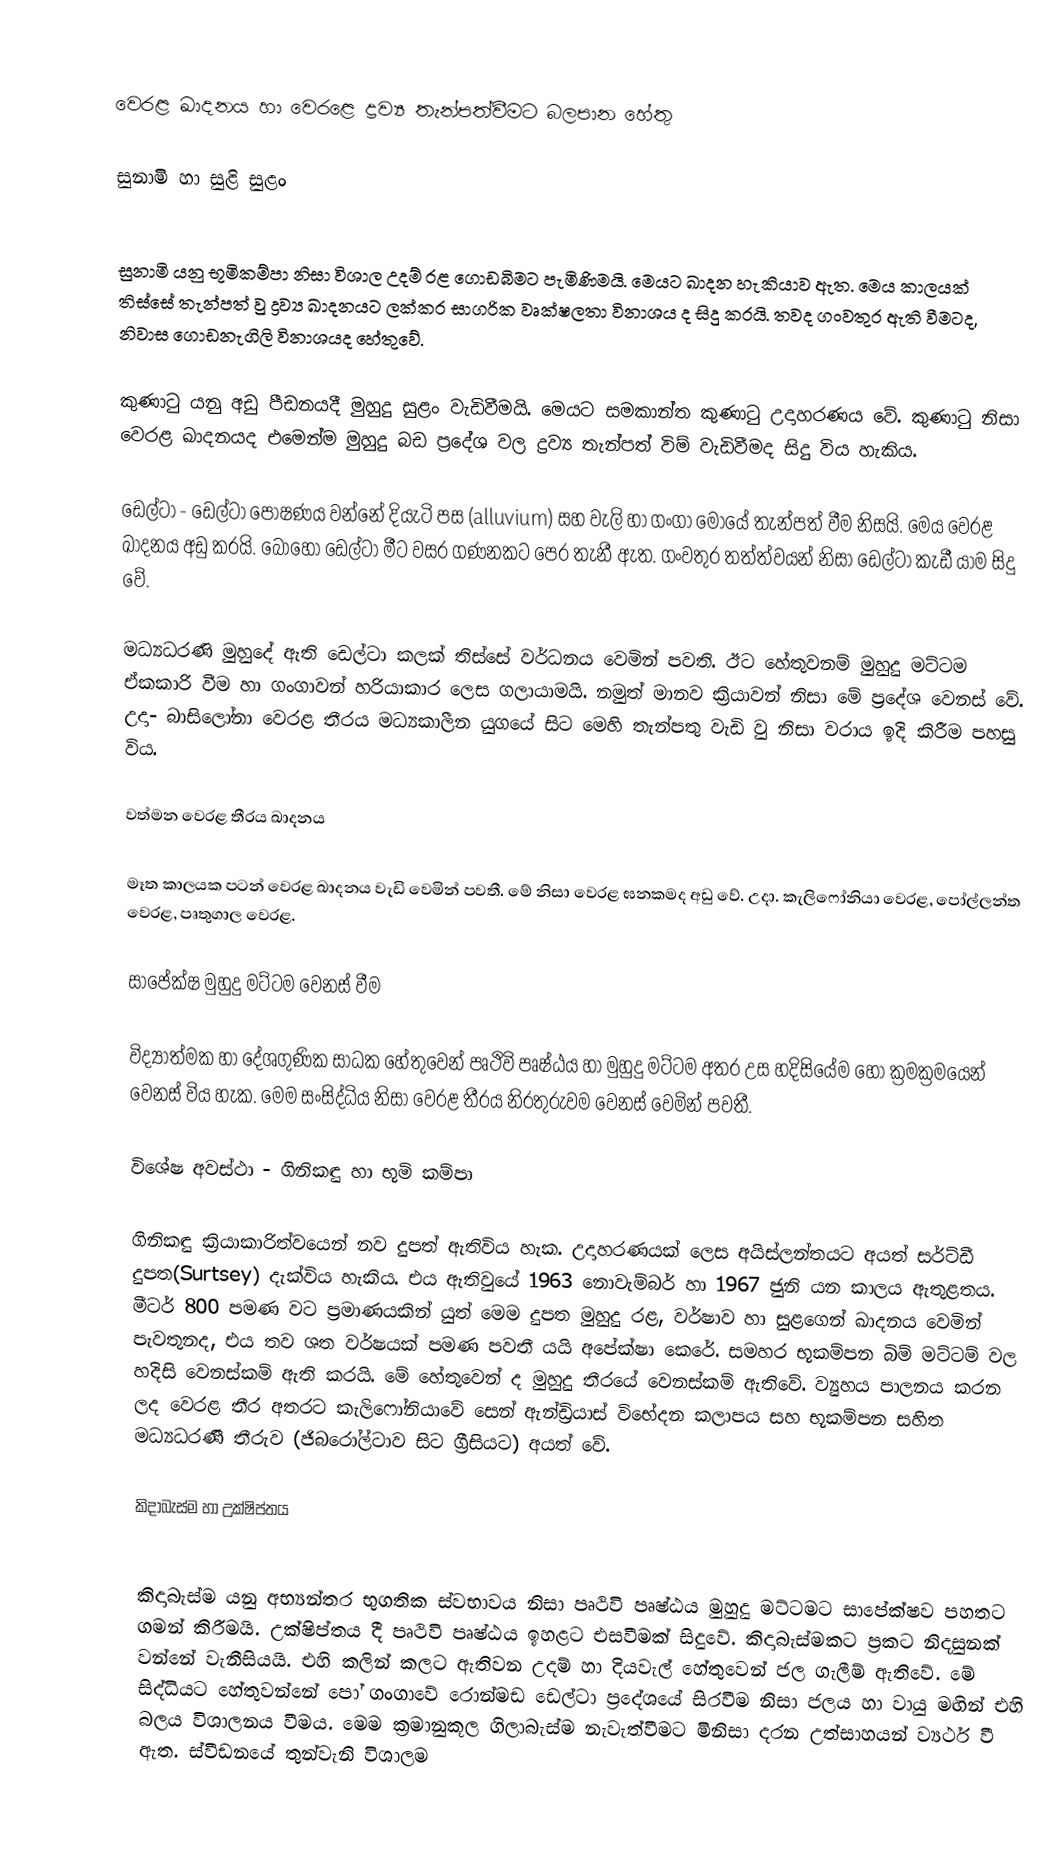

වෙරළ ඛාදනය හා වෙරළෙ ද්‍රව්‍ය තැන්පත්වීමට බලපාන හේතු

සුනාමි හා සුළි සුළං

සුනාමි යනු භූමිකම්පා නිසා විශාල උදම් රළ ගොඩබිමට පැමිණිමයි. මෙයට ඛාදන හැකියාව ඇත. මෙය කාලයක් තිස්සේ තැන්පත් වු ද්‍රව්‍ය ඛාදනයට ලක්කර සාගරික වෘක්ෂලතා විනාශය ද සිදු කරයි. තවද ගංවතුර ඇති වීමටද, නිවාස ගොඩනැගිලි විනාශයද හේතුවේ.

කුණාටු යනු අඩු පීඩනයදී මුහුදු සුළං වැඩිවීමයි. මෙයට සමකාන්ත කුණාටු උදාහරණය වේ. කුණාටු නිසා වෙරළ ඛාදනයද එමෙන්ම මුහුදු බඩ ප්‍රදේශ වල ද්‍රව්‍ය තැන්පත් විම් වැඩිවීමද සිදු විය හැකිය.

ඩෙල්ටා - ඩෙල්ටා පෝෂණය වන්නේ දියැටි පස (alluvium) සහ වැලි හා ගංගා මෝයේ තැන්පත් වීම නිසයි. මෙය වෙරළ ඛාදනය අඩු කරයි. බොහෝ ඩෙල්ටා මීට වසර ගණනකට පෙර තැනී ඇත. ගංවතුර තත්ත්වයන් නිසා ඩෙල්ටා කැඩී යාම සිදු වේ.

මධ්‍යධරණි මුහුදේ ඇති ඩෙල්ටා කලක් තිස්සේ වර්ධනය වෙමින් පවති. ඊට හේතුවනම් මුහුදු මට්ටම ඒකකාරි වීම හා ගංගාවන් හරියාකාර ලෙස ගලායාමයි. නමුත් මානව ක්‍රියාවන් නිසා මේ ප්‍රදේශ වෙනස් වේ. උදා- බාසිලෝනා වෙරළ තීරය මධ්‍යකාලීන යුගයේ සිට මෙහි තැන්පතු වැඩි වු නිසා වරාය ඉදි කිරීම පහසු විය.

වත්මන වෙරළ තීරය ඛාදනය

මෑත කාලයක පටන් වෙරළ ඛාදනය වැඩි වෙමින් පවතී. මේ නිසා වෙරළ ඝනකමද අඩු වේ. උදා. කැලිෆෝනියා වෙරළ, පෝල්ලන්ත වෙරළ, පෘතුගාල වෙරළ.

සාපේක්ෂ මුහුදු මට්ටම වෙනස් වීම

විද්‍යාත්මක හා දේශගුණික සාධක හේතුවෙන් පෘථිවි පෘෂ්ඨය හා මුහුදු මට්ටම අතර උස හදිසියේම හෝ ක්‍රමක්‍රමයෙන් වෙනස් විය හැක. මෙම සංසිද්ධිය නිසා වෙරළ තීරය නිරතුරුවම වෙනස් වෙමින් පවතී.

විශේෂ අවස්ථා - ගිනිකඳු හා භූමි කම්පා

ගිනිකඳු ක්‍රියාකාරිත්වයෙන් නව දුපත් ඇතිවිය හැක. උදාහරණයක් ලෙස අයිස්ලන්තයට අයත් සර්ට්ඩී දුපත(Surtsey) දැක්විය හැකිය. එය ඇතිවුයේ 1963 නොවැම්බර් හා 1967 ජුනි යන කාලය ඇතුළතය. මීටර් 800 පමණ වට ප්‍රමාණයකින් යුත් මෙම දුපත මුහුදු රළ, වර්ෂාව හා සුළගෙන් ඛාදනය වෙමින් පැවතුනද, එය තව ශත වර්ෂයක් පමණ පවතී යයි අපේක්ෂා කෙරේ. සමහර භූකම්පන බිම් මට්ටම් වල හදිසි වෙනස්කම් ඇති කරයි. මේ හේතුවෙන් ද මුහුදු තීරයේ වෙනස්කම් ඇතිවේ. ‍ව්‍යුහය පාලනය කරන ලද වෙරළ තීර අතරට කැලි‍ෆෝනියාවේ සෙන් ඇන්ඩ්‍රියාස් විභේදන කලාපය සහ භූකම්පන සහිත මධ්‍යධරණී තීරුව (ජිබරෝල්ටාව සිට ග්‍රීසියට) අයත් වේ.

කිදාබැස්ම හා උක්ෂිප්තය

කිදාබැස්ම යනු අභ්‍යන්තර භුගතික ස්වභාවය නිසා පෘථිවි පෘෂ්ඨය මුහුදු මට්ටමට සාපේක්ෂව පහතට ගමන් කිරීමයි. උක්ෂිප්තය දී පෘථිවි පෘෂ්ඨය ඉහළට එසවීමක් සිදුවේ. කිදාබැස්මකට ප්‍රකට නිදසුනක් වන්නේ වැනීසියයි. එහි කලින් කලට ඇතිවන උදම් හා දියවැල් හේතුවෙන් ජල ගැලීම් ඇතිවේ. මේ සිද්ධියට හේතුවන්නේ පෝ ගංගාවේ රොන්මඩ ඩෙල්ටා ප්‍රදේශයේ සිරවීම නිසා ජලය හා වායු මඟින් එහි බලය විශාලනය වීමය. මෙම ක්‍රමානුකූල ගිලාබැස්ම නැවැත්වීමට මිනිසා දරන උත්සාහයන් ව්‍යර්ථ වී ඇත. ස්වීඩනයේ තුන්වැනි විශාලම